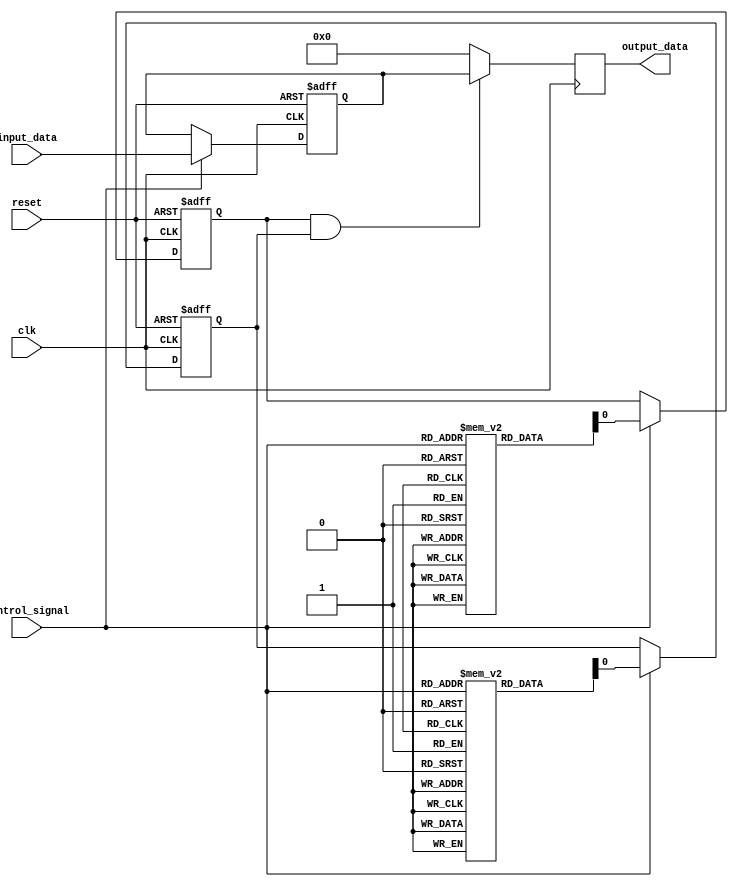
module IO_Blocks_Bus_Switch(
    input wire clk, //clock signal
    input wire reset, //reset signal
    input wire control_signal, //control signal for selecting devices
    input wire[data_width-1:0] input_data, //input data bus
    output wire[data_width-1:0] output_data //output data bus
);

parameter data_width = 8; //data bus width

reg[data_width-1:0] input_ports[0:1]; //array of input ports
reg[data_width-1:0] output_ports[0:1]; //array of output ports

reg selected_input_port; //selected input port
reg selected_output_port; //selected output port

reg[data_width-1:0] input_data_reg; //flip-flop to store input data

always @ (posedge clk or posedge reset) begin
    if (reset) begin //reset the switch
        selected_input_port <= 0;
        selected_output_port <= 0;
        input_data_reg <= 0;
    end else begin
        if (control_signal) begin //Control logic for selecting devices
            selected_input_port <= input_ports[control_signal];
            selected_output_port <= output_ports[control_signal];
            input_data_reg <= input_data;
        end
    end
end

always @ (posedge clk) begin
    if (selected_input_port && selected_output_port) begin
        output_data <= input_data_reg;
    end else begin
        output_data <= 0;
    end
end

endmodule